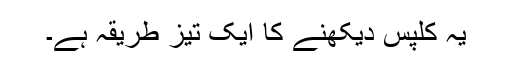
یہ کلپس دیکھنے کا ایک تیز طریقہ ہے۔